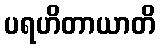
ပရဟိတာယာတိ